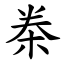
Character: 桊